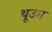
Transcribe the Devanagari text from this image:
थूउम